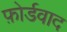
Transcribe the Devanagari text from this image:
फ़ोर्डवाद